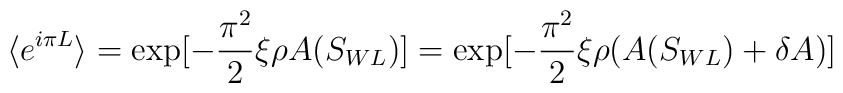
\langle e^{i\pi L}\rangle =\exp [-\frac{\pi^2}{2}\xi \rho A(S_{WL})]=\exp [-\frac{\pi^2}{2}\xi \rho (A(S_{WL})+\delta A)]